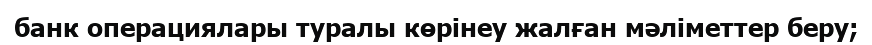
банк операциялары туралы көрінеу жалған мәліметтер беру;